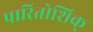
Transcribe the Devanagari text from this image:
पारितोशिक्